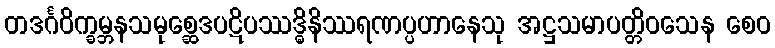
တဒင်္ဂဝိက္ခမ္ဘနသမုစ္ဆေဒပဋိပဿဒ္ဓိနိဿရဏပ္ပဟာနေသု အဋ္ဌသမာပတ္တိဝသေန စေဝ